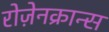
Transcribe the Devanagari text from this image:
रोज़ेनक्रान्स